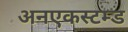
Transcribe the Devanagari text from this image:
अनएकस्टम्ड